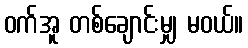
ဝက်အူ တစ်ချောင်းမျှ မဝယ်။